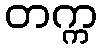
တက္က